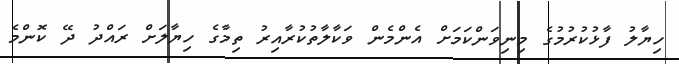
ހިޔާލު ފާޅުކުރުމުގެ މިނިވަންކަމަށް އެންމެން ވަކާލާތުކުރާއިރު ތިމާގެ ހިޔާލަށް ރައްދު ދޭ ކޮންމެ